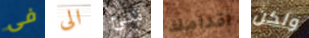
فى الى شئ أقدامك ولكن